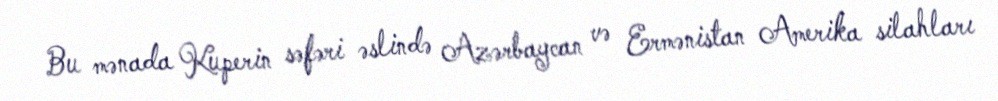
Bu mənada Kuperin səfəri əslində Azərbaycan və Ermənistan Amerika silahları